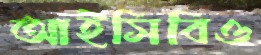
আইসিবিও